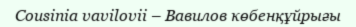
Cousinia vavilovii – Вавилов көбенқұйрығы